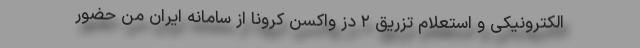
الکترونیکی و استعلام تزریق ۲ دز واکسن کرونا از سامانه ایران من حضور